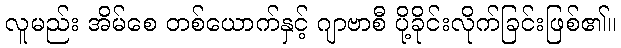
လူမည်း အိမ်စေ တစ်ယောက်နှင့် ဂျာဗာစီ ပို့ခိုင်းလိုက်ခြင်းဖြစ်၏။